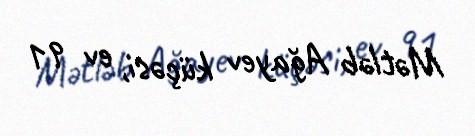
Mətləb Ağayev küçəsi, ev 91